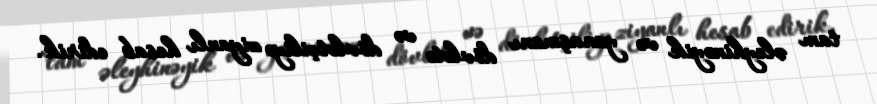
tam əleyhinəyik və yanaşmanı dövlətə və dövlətçiliyə ziyanlı hesab edirik.